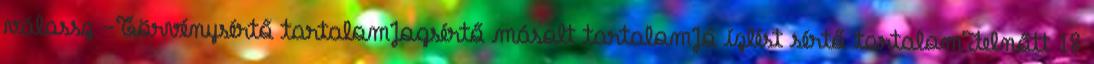
válassz -Törvénysértő tartalomJogsértő másolt tartalomJó ízlést sértő tartalomFelnőtt 18